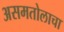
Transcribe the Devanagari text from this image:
असमतोलाचा